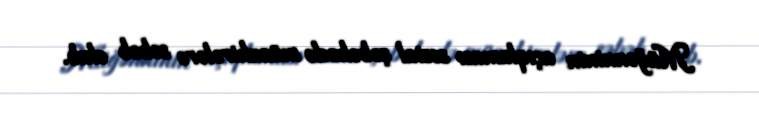
Müğənninin açıqlaması sosial şəbəkədə müzakirələrə səbəb olub.